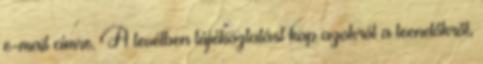
e-mail címre. A levélben tájékoztatást kap azokról a teendőkről,